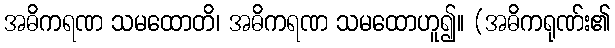
အဓိကရဏ သမထောတိ၊ အဓိကရဏ သမထောဟူ၍။ (အဓိကရုဏ်း၏